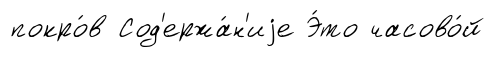
покро́в Сод'ержа́н'иjе Э́то часово́й